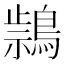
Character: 𪃚